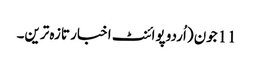
11جون (اُردو پوائنٹ اخبار تازہ ترین۔